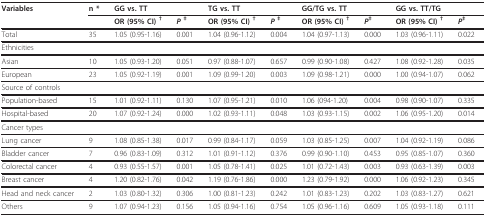
<table><thead><tr><td><b>Variables</b></td><td><b>n *</b></td><td colspan="2"><b>GG vs. TT</b></td><td colspan="2"><b>TG vs. TT</b></td><td colspan="2"><b>GG/TG vs. TT</b></td><td colspan="2"><b>GG vs. TT/TG</b></td></tr><tr><td></td><td></td><td><b>OR (95% CI) <sup>†</sup></b></td><td><b><i>P </i><sup>‡</sup></b></td><td><b>OR (95% CI) <sup>†</sup></b></td><td><b><i>P </i><sup>‡</sup></b></td><td><b>OR (95% CI) <sup>†</sup></b></td><td><b><i>P</i><sup>‡</sup></b></td><td><b>OR (95% CI) <sup>†</sup></b></td><td><b><i>P</i><sup>‡</sup></b></td></tr></thead><tbody><tr><td>Total</td><td>35</td><td>1.05 (0.95-1.16)</td><td>0.001</td><td>1.04 (0.96-1.12)</td><td>0.004</td><td>1.04 (0.97-1.13)</td><td>0.000</td><td>1.03 (0.96-1.11)</td><td>0.022</td></tr><tr><td colspan="10">Ethnicities</td></tr><tr><td>Asian</td><td>10</td><td>1.05 (0.93-1.20)</td><td>0.051</td><td>0.97 (0.88-1.07)</td><td>0.657</td><td>0.99 (0.90-1.08)</td><td>0.427</td><td>1.08 (0.92-1.28)</td><td>0.035</td></tr><tr><td>European</td><td>23</td><td>1.05 (0.92-1.19)</td><td>0.001</td><td>1.09 (0.99-1.20)</td><td>0.003</td><td>1.09 (0.98-1.21)</td><td>0.000</td><td>1.00 (0.94-1.07)</td><td>0.062</td></tr><tr><td colspan="10">Source of controls</td></tr><tr><td>Population-based</td><td>15</td><td>1.01 (0.92-1.11)</td><td>0.130</td><td>1.07 (0.95-1.21)</td><td>0.010</td><td>1.06 (094-1.20)</td><td>0.004</td><td>0.98 (0.90-1.07)</td><td>0.335</td></tr><tr><td>Hospital-based</td><td>20</td><td>1.07 (0.92-1.24)</td><td>0.000</td><td>1.02 (0.93-1.11)</td><td>0.048</td><td>1.03 (0.93-1.15)</td><td>0.002</td><td>1.06 (0.95-1.20)</td><td>0.014</td></tr><tr><td colspan="10">Cancer types</td></tr><tr><td>Lung cancer</td><td>9</td><td>1.08 (0.85-1.38)</td><td>0.017</td><td>0.99 (0.84-1.17)</td><td>0.059</td><td>1.03 (0.85-1.25)</td><td>0.007</td><td>1.04 (0.92-1.19)</td><td>0.086</td></tr><tr><td>Bladder cancer</td><td>7</td><td>0.96 (0.83-1.09)</td><td>0.312</td><td>1.01 (0.91-1.12)</td><td>0.376</td><td>0.99 (0.90-1.10)</td><td>0.453</td><td>0.95 (0.85-1.07)</td><td>0.360</td></tr><tr><td>Colorectal cancer</td><td>4</td><td>0.93 (0.55-1.57)</td><td>0.001</td><td>1.05 (0.78-1.41)</td><td>0.025</td><td>1.01 (0.72-1.43)</td><td>0.003</td><td>0.93 (0.63-1.39)</td><td>0.003</td></tr><tr><td>Breast cancer</td><td>4</td><td>1.20 (0.82-1.76)</td><td>0.042</td><td>1.19 (0.76-1.86)</td><td>0.000</td><td>1.23 (0.79-1.92)</td><td>0.000</td><td>1.06 (0.92-1.23)</td><td>0.345</td></tr><tr><td>Head and neck cancer</td><td>2</td><td>1.03 (0.80-1.32)</td><td>0.306</td><td>1.00 (0.81-1.23)</td><td>0.242</td><td>1.01 (0.83-1.23)</td><td>0.202</td><td>1.03 (0.83-1.27)</td><td>0.621</td></tr><tr><td>Others</td><td>9</td><td>1.07 (0.94-1.23)</td><td>0.156</td><td>1.05 (0.94-1.16)</td><td>0.754</td><td>1.05 (0.96-1.16)</td><td>0.609</td><td>1.05 (0.93-1.18)</td><td>0.111</td></tr></tbody></table>